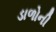
ડાળોની